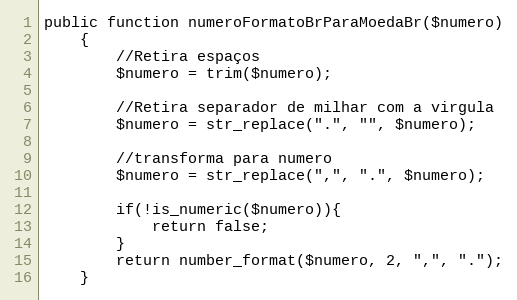
Language: PHP
public function numeroFormatoBrParaMoedaBr($numero)
    {
        //Retira espaços
        $numero = trim($numero);

        //Retira separador de milhar com a virgula
        $numero = str_replace(".", "", $numero);

        //transforma para numero
        $numero = str_replace(",", ".", $numero);

        if(!is_numeric($numero)){
            return false;
        }
        return number_format($numero, 2, ",", ".");
    }